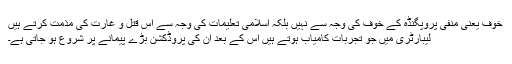
خوف یعنی منفی پروپگنڈہ کے خوف کی وجہ سے نہیں بلکہ اسلامی تعلیمات کی وجہ سے اس قتل و غارت کی مذمت کرتے ہیں
لیبارٹری میں جو تجربات کامیاب ہوتے ہیں اس کے بعد اُن کی پروڈکشن بڑے پیمانے پر شروع ہو جاتی ہے۔